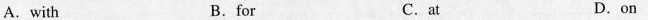
A. with B. for C. at D. on